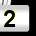
Digit: 2